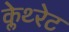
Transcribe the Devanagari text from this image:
क्लेथ्‍रेट